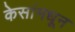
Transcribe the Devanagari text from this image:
केसांमधून